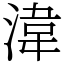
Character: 湋